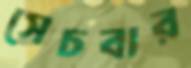
সেচবার